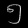
Digit: ၅